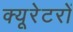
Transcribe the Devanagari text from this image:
क्यूरेटरों